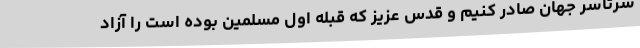
سرتاسر جهان صادر کنیم و قدس عزیز که قبله اول مسلمین بوده است را آزاد